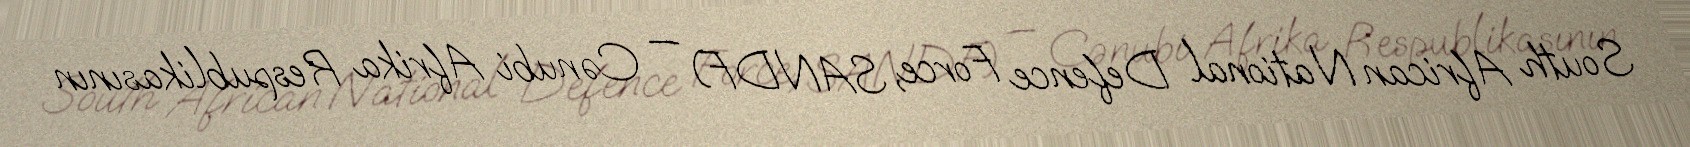
South African National Defence Force, SANDF) — Cənubi Afrika Respublikasının